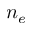
n _ { e }